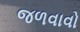
જળવાવો